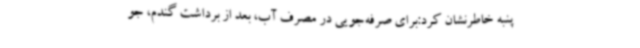
پنبه خاطرنشان کرد:برای صرفه‌جویی در مصرف آب، بعد از برداشت گندم، جو